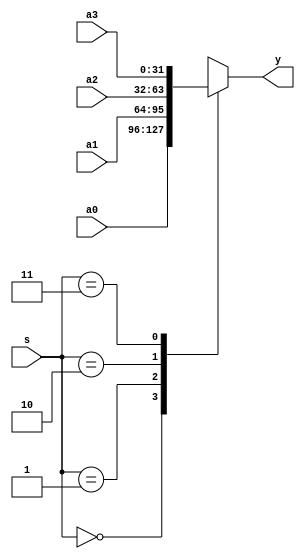
`timescale 1ns / 1ps
//////////////////////////////////////////////////////////////////////////////////
// Company: 
// Engineer: 
// 
// Design Name: 
// Module Name:    mux4x32 
// Project Name: 
// Target Devices: 
// Tool versions: 
// Description: 
//
// Dependencies: 
//
// Revision: 
// Revision 0.01 - File Created
// Additional Comments: 
//
//////////////////////////////////////////////////////////////////////////////////
module mux4x32(
    input [31:0] a0,
    input [31:0] a1,
    input [31:0] a2,
    input [31:0] a3,
    input [1:0] s,
    output reg [31:0] y
    );
	 always@(a0,a1,a2,a3,s)
	 begin
	 case(s)
	     2'b00: y=a0;
		  2'b01: y=a1;
		  2'b10: y=a2;
		  2'b11: y=a3;
	 endcase
	 end
	 


endmodule